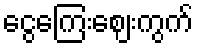
ငွေကြေးဈေးကွက်